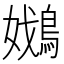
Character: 𡣴